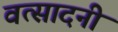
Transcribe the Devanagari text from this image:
वत्सादनी